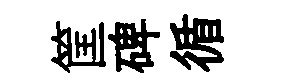
筐碑循